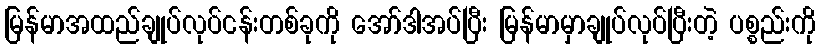
မြန်မာအထည်ချုပ်လုပ်ငန်းတစ်ခုကို အော်ဒါအပ်ပြီး မြန်မာမှာချုပ်လုပ်ပြီးတဲ့ ပစ္စည်းကို